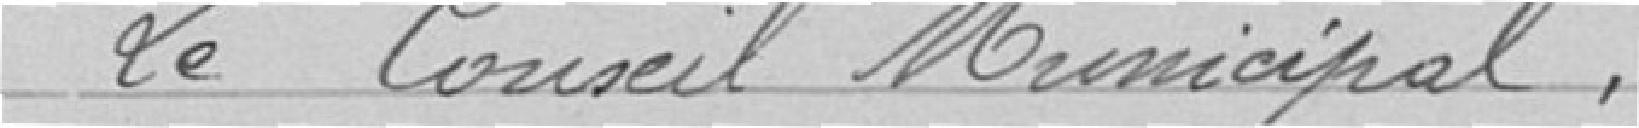
Le Conseil Municipal,